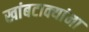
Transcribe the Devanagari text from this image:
खांबटाक्यांना